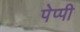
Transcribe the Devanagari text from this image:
पेप्पी